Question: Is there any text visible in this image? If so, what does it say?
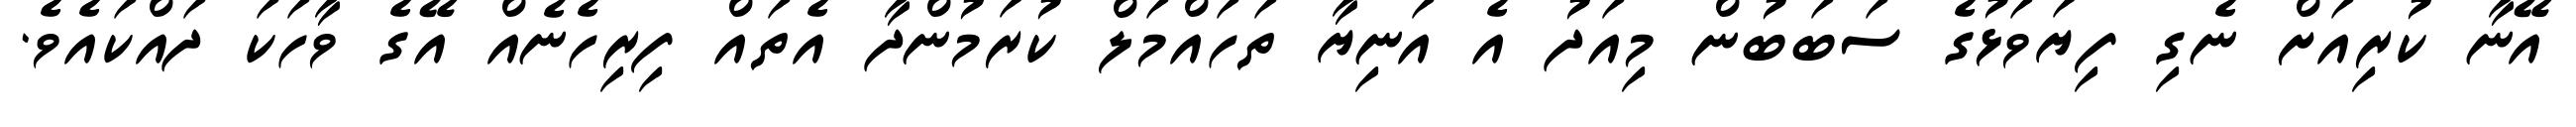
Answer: އޭނާ ކުރިއަށް ނެގި ފިޔަވަޅުގެ ސަބަބުން މިއަދު އެ އަނިޔާ ތަހައްމަލް ކުރަމުންދާ އެތައް ފިރިހެނެއް އޭގެ ވާހަކަ ދައްކައެވެ.